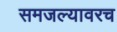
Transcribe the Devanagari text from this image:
समजल्यावरच